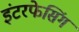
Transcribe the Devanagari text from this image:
इंटरफेसिंग